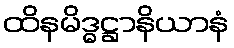
ထိနမိဒ္ဓဋ္ဌာနိယာနံ